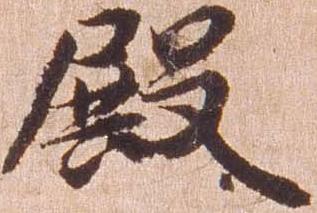
殿